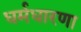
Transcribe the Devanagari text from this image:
धर्मधारणा